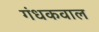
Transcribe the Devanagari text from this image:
गंधकवाल